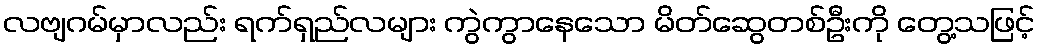
လဗျဂမ်မှာလည်း ရက်ရှည်လများ ကွဲကွာနေသော မိတ်ဆွေတစ်ဦးကို တွေ့သဖြင့်